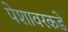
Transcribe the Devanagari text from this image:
पेशावरकडे